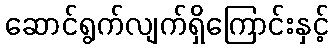
ဆောင်ရွက်လျက်ရှိကြောင်းနှင့်